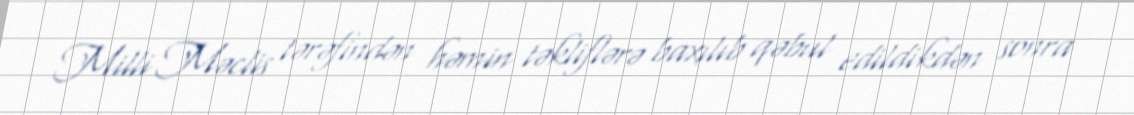
Milli Məclis tərəfindən həmin təkliflərə baxılıb qəbul edildikdən sonra